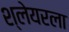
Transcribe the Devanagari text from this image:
श्लेयरला